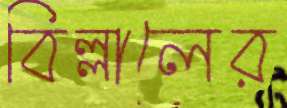
বিল্লালের